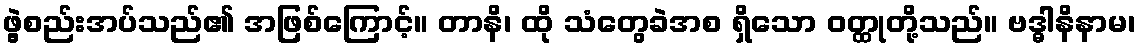
ဖွဲ့စည်းအပ်သည်၏ အဖြစ်ကြောင့်။ တာနိ၊ ထို သံတွေခဲအစ ရှိသော ဝတ္ထုတို့သည်။ ဗဒ္ဓါနိနာမ၊